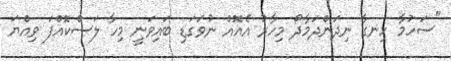
"ސަހުމާ ހިނގާ ނިދަންދަމާދޯ މިހާރު އެއޮއް ނުވަގަޑި ބައިވަނީ މިހާ ލަސްކޮއްފަ ވިއްޔަ